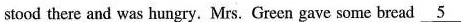
stood there and was hungry. Mrs. Green gave some bread \underline{5}